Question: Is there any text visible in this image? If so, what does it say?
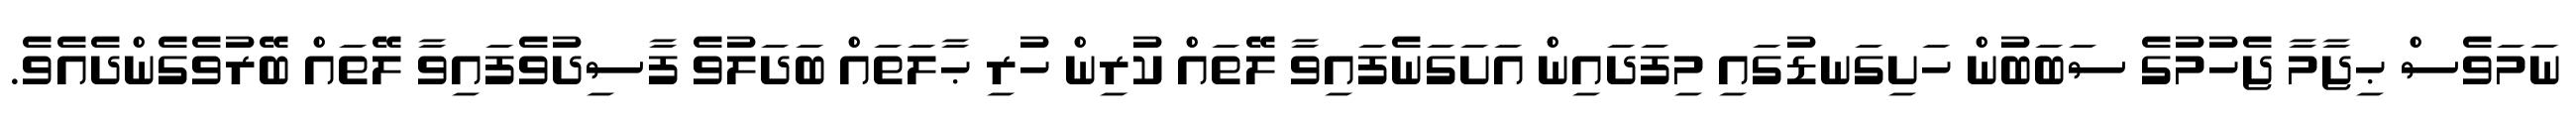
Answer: ނަމަވެސް ޙިޖާމާ ޖެހުމުގެ ސަބަބުން ހަށިގަނޑުގައި މިފަދައިން އަށަގަނެފައިވާ ލޭތައް ކުރިން ހުރި ޙާލަތައް ބަދަލުވެ ފާސިދުވެފައިވާ ލޭތައް ބޭރުވެގެންދެއެވެ.